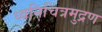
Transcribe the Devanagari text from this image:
ध्वनिचित्रमुद्रण